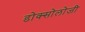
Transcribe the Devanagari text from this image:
डोक्सोलोजी